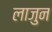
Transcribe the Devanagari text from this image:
लाजुन